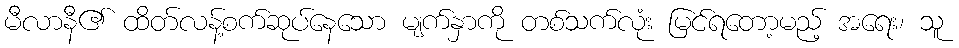
မီလာနီ၏ ထိတ်လန့်စက်ဆုပ်နေသော မျက်နှာကို တစ်သက်လုံး မြင်ရတော့မည့် အရေး၊ သူ